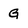
Character: G